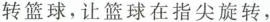
转篮球，让篮球在指尖旋转，